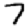
Digit: 7